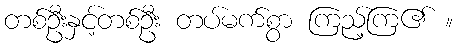
တစ်ဦးနှင့်တစ်ဦး တပ်မက်စွာ ကြည့်ကြ၏ ။